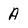
Character: A